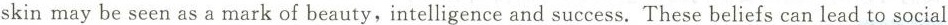
skin may be seen as a mark of beauty,intelligence and success. These beliefs can lead to social